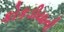
કોકડીયાની